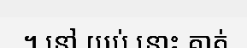
។ នៅ យប់ នោះ គាត់